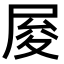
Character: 𡱥